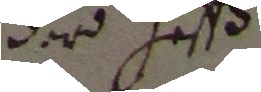
der Heß